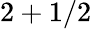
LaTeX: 2+1/2